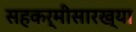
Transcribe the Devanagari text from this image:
सहकर्मीसारख्या